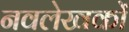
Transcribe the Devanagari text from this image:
नवलेखकों